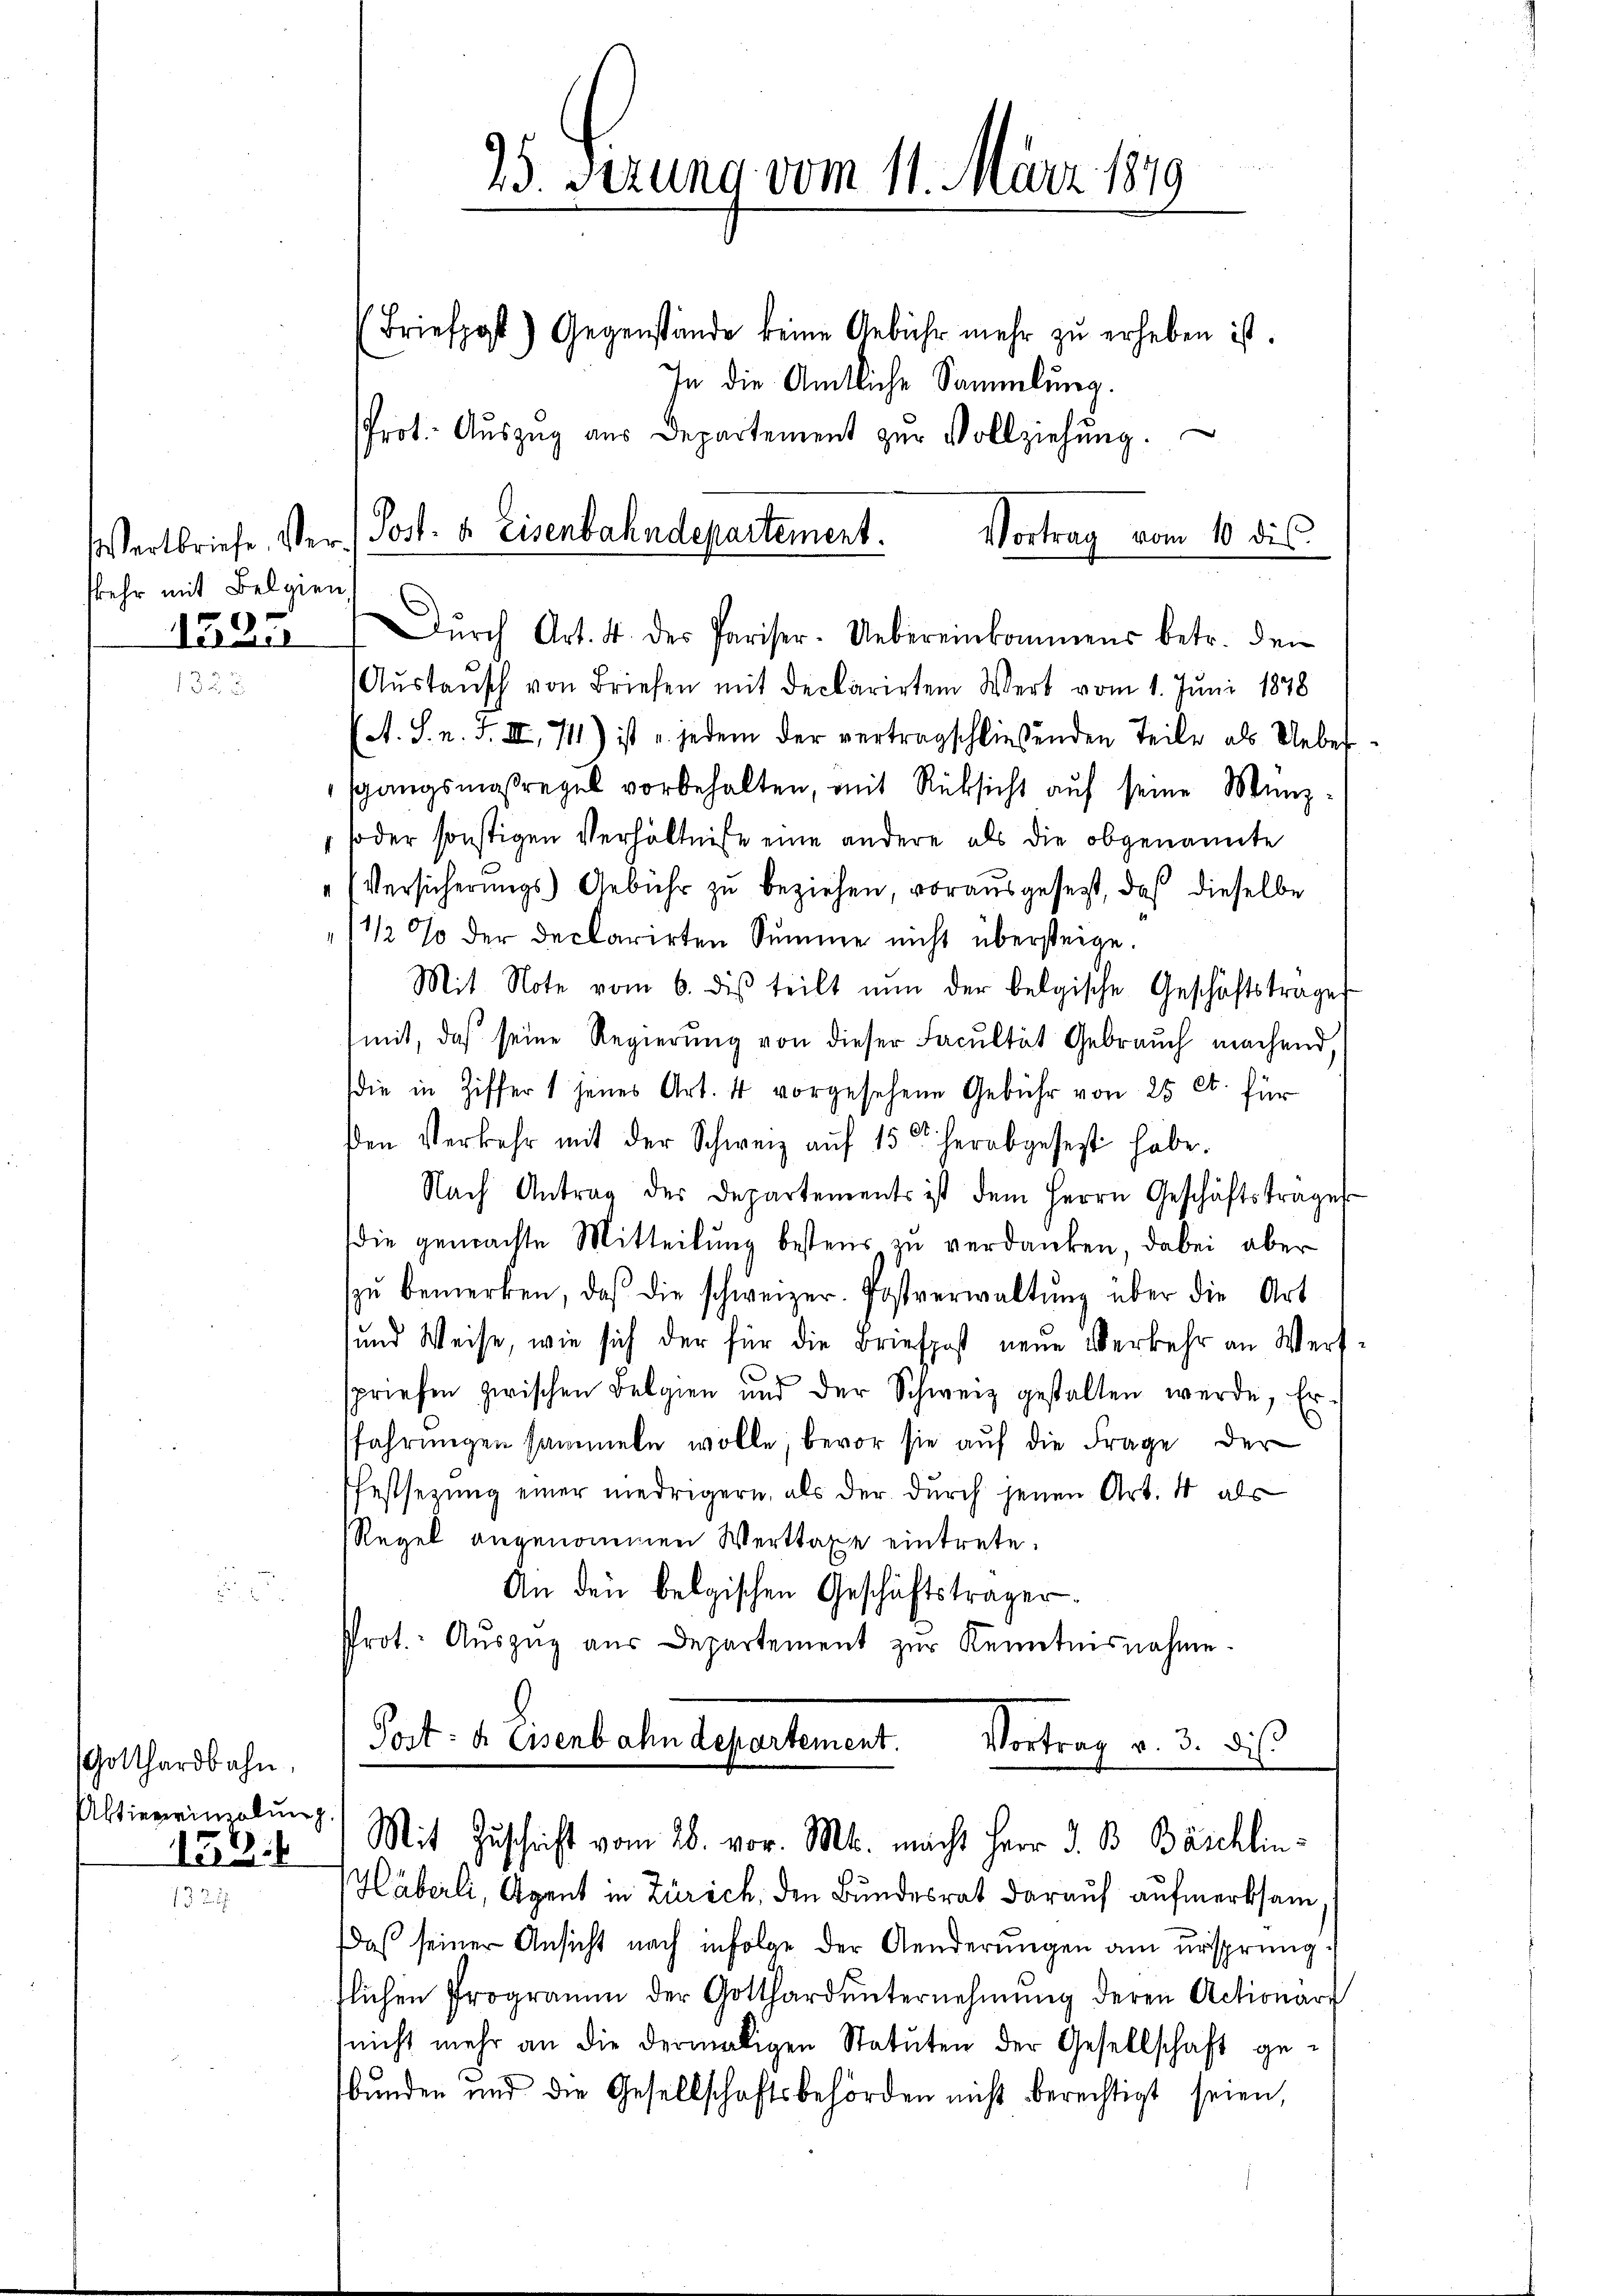
skehr mit Belgien

1525

Gotthardbahn.
Aktiereinzelung

2

25. Ferung vom 11. März 1849

(Briefpost) Gegenstände keine Gebühr mehr zu erheben ist.
In die Amtliche Sammlung.
Prot. Aŭszŭg aŭs Departement zŭr Vollziehŭng.
Dŭrch Art. 4. des Pariser. Uebereinkommens betr. den
Austausch von Briefen mit declarirtem Wert vom 1. Juni 1848
(A. S. n. F. II, 111) ist u. jedem der vertragschließenden Teile als Ueber
sgangsmaßregel vorbehalten, mit Rücksicht aŭf seine Münz-
soder sonstigen Verhältnisse eine andere als die obgenannte
Versicherungs Gebühr zu beziehen, vorausgesezt, daß dieselbe
11/2 % der declarirten Summe nicht übersteige.
Mit Note vom 6. des teilt nŭn der belgische Geschäftstrage
mit, daß seine Regierŭng von dieser Facultät Gebrauch machend,
die in Ziffer 1 jenes Art. 4 vorgesehene Gebühr von 25 Ct. für
den Verkehr mit der Schweiz aŭf 15 t. herabgesetzt habe.
Nach Antrag der Departements ist dem Herrn Geschäftsträger
die gemachte Mitteilung bestens zu verdanken, dabei aber
zŭ bemerken, daß die schweizer. Postverwaltŭng über die Art
und Weise, wie sich der für die Briefpost neue Verkehr an Wert
spriefen zwischen Belgien und der Schweiz gestalten werde, Erfahrungen sammeln wolle, bevor sie aŭf die Frage der
Pfestsetzung einer niedrigern, als der durch jenen Art. 4 als
Regel angenommen Werttaxe eintrete.
An den belgischen Geschäftsträger
Prot. Aŭszŭg aŭs Departement zŭr Kenntnisnahme.
Port: 4. Eisenbahn departement. Vortrag v. 3. dieß
g.
122.) Mit Zuschrift vom 28. vor. Mt. macht Herr J. B. Baichlin
Häberli, Agent in Zürich, den Bundesrat darauf aufmerksam
aß seiner Ansicht nach infolge der Aenderungen am ursprung
tlichen Programm der Gotthard ŭnternehmung deren Actionär
(nicht mehr an die dermaligen Statuten der Gesellschaft ge-
bunden und die Gesellschaftsbehörden nicht berechtigt seien,

Vortrag vom 10 des
Wertbriefe, Ver- (Post- & Eisenbahndepartement.